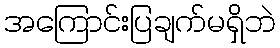
အကြောင်းပြချက်မရှိဘဲ